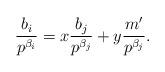
LaTeX: \begin{align*}\frac{b_i}{p^{\beta_i}} = x \frac{b_j}{p^{\beta_j}} + y \frac{m'}{p^{\beta_j}}.\end{align*}